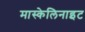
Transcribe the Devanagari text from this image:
मास्केलिनाइट